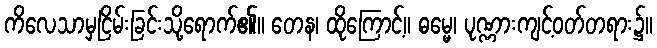
ကိလေသာမှငြိမ်းခြင်းသို့ရောက်၏။ တေန၊ ထိုကြောင့်။ ဓမ္မေ၊ ပုဏ္ဏားကျင့်ဝတ်တရား၌။